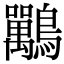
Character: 𪈀